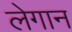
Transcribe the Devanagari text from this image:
लेगान